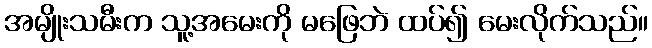
အမျိုးသမီးက သူ့အမေးကို မဖြေဘဲ ထပ်၍ မေးလိုက်သည်။